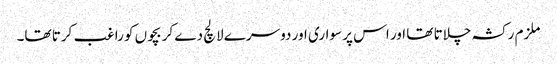
ملزم رکشہ چلاتا تھا اور اس پر سواری اور دوسرے لالچ دے کر بچوں کو راغب کرتا تھا۔